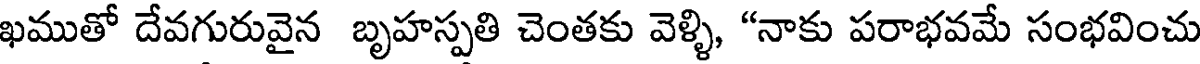
ఖముతో దేవగురువైన బృహస్పతి చెంతకు వెళ్ళి, "నాకు పరాభవమే సంభవించు